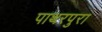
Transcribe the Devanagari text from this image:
पाथरपुरा